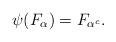
LaTeX: \begin{align*}\psi(F_\alpha) = F_{\alpha^c} .\end{align*}